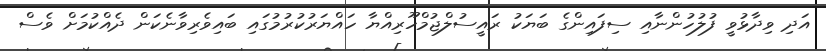
އަދި ވިދާޅުވީ ފުލުހުންނާއި ސިފައިންގެ ބަޔަކު ރައީސުލްޖުމްހޫރިއްޔާ ހައްޔަރުކުރުމުގައި ބައިވެރިވާނެކަން ދެއްކުމަށް ވެސް